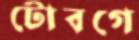
টোবগে